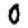
Digit: 0